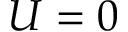
U = 0